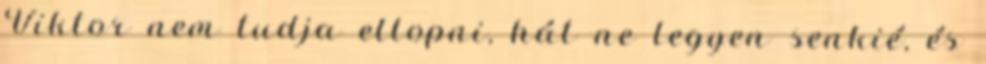
Viktor nem tudja ellopni, hát ne legyen senkié, és